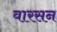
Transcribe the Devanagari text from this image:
वारसन